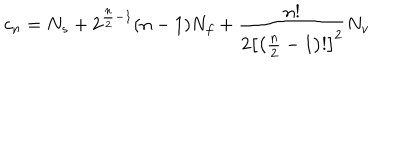
c _ { n } = N _ { s } + 2 ^ { { \frac { n } { 2 } } - 1 } ( n - 1 ) N _ { f } + { \frac { n ! } { 2 \left[ \left( { \frac { n } { 2 } } - 1 \right) ! \right] ^ { 2 } } } N _ { v }